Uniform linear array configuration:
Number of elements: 8
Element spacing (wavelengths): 0.5
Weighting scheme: kaiser
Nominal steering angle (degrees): -45
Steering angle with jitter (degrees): -43.081
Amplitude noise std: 0.05
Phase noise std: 0.05

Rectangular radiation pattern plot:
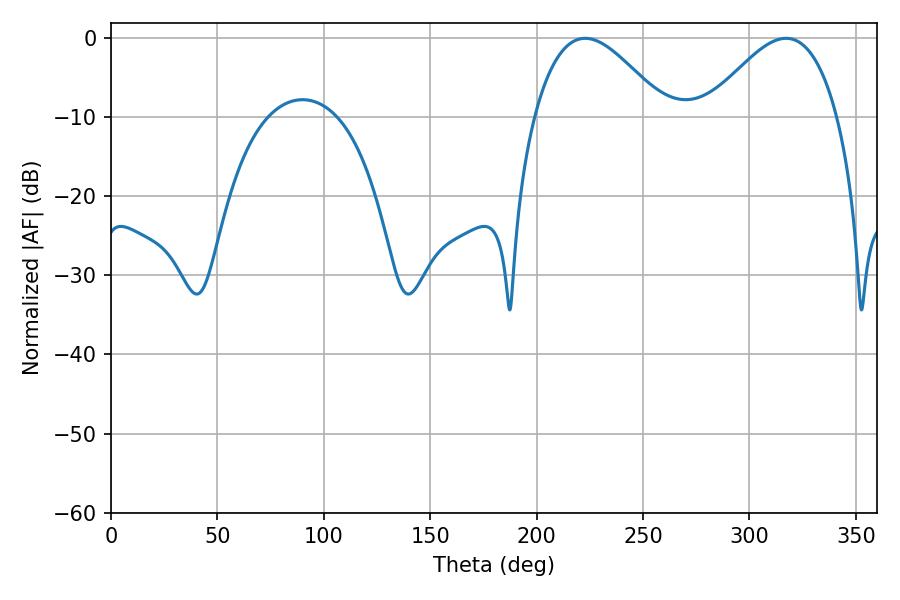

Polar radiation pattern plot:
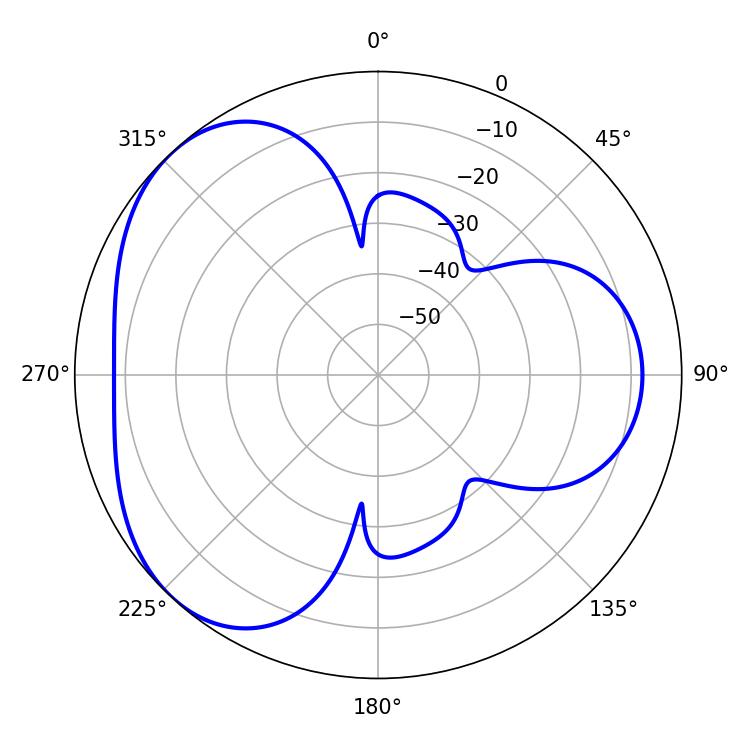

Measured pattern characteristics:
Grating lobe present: FALSE
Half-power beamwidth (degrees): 33.3
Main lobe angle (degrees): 222.84